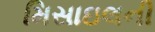
મિસાઇલની